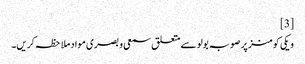
[3]
ویکی کومنز پر صوبہ بولو سے متعلق سمعی و بصری مواد ملاحظہ کریں۔